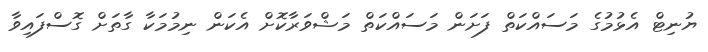
ޔުނިޓް އެޅުމުގެ މަސައްކަތް ފަށަން މަސައްކަތް މަޝްވަރާކޮށް އެކަން ނިމުމަކާ ގާތަށް ގޮސްފައިވާ